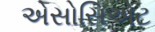
એસોસિએટ